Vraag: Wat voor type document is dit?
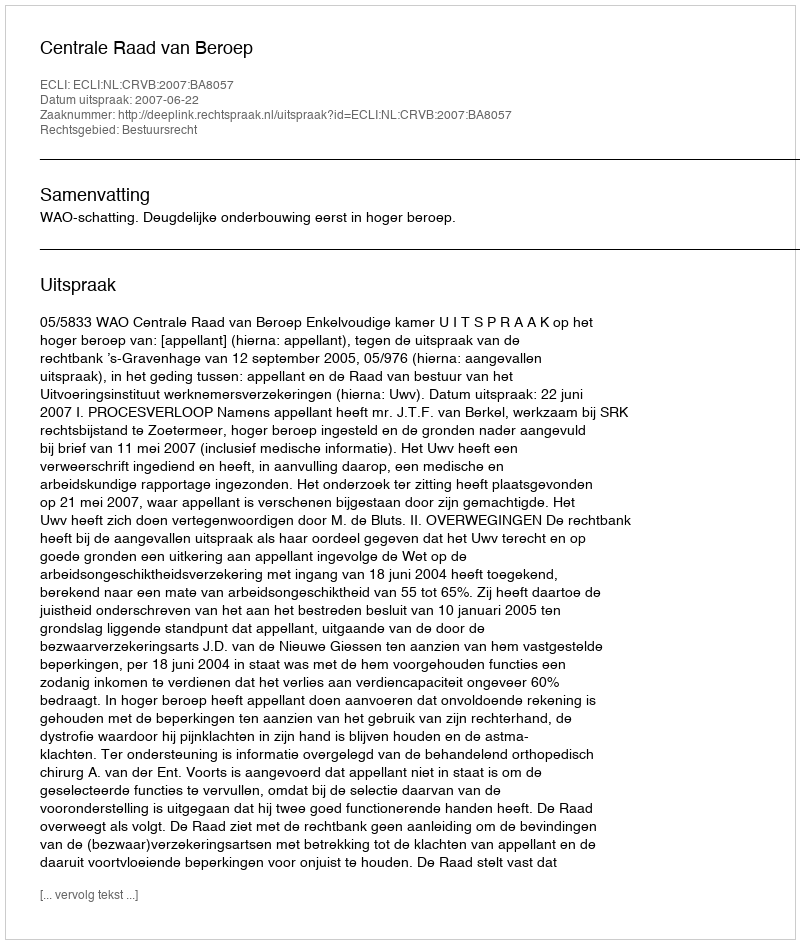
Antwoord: Uitspraak